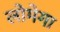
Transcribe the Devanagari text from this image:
लोमेगा